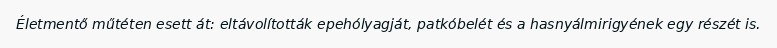
Életmentő műtéten esett át: eltávolították epehólyagját, patkóbelét és a hasnyálmirigyének egy részét is.